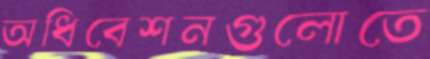
অধিবেশনগুলোতে